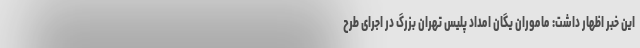
این خبر اظهار داشت: ماموران یگان امداد پلیس تهران بزرگ در اجرای طرح